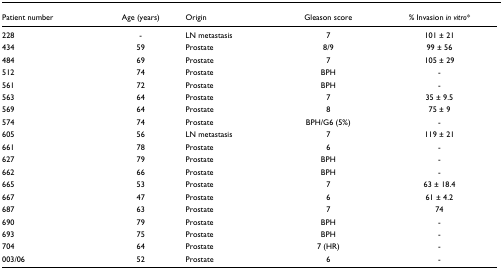
<table><thead><tr><td><b>Patient number</b></td><td><b>Age (years)</b></td><td><b>Origin</b></td><td><b>Gleason score</b></td><td><b>% Invasion <i>in vitro</i>*</b></td></tr></thead><tbody><tr><td>228</td><td>-</td><td>LN metastasis</td><td>7</td><td>101 ± 21</td></tr><tr><td>434</td><td>59</td><td>Prostate</td><td>8/9</td><td>99 ± 56</td></tr><tr><td>484</td><td>69</td><td>Prostate</td><td>7</td><td>105 ± 29</td></tr><tr><td>512</td><td>74</td><td>Prostate</td><td>BPH</td><td>-</td></tr><tr><td>561</td><td>72</td><td>Prostate</td><td>BPH</td><td>-</td></tr><tr><td>563</td><td>64</td><td>Prostate</td><td>7</td><td>35 ± 9.5</td></tr><tr><td>569</td><td>64</td><td>Prostate</td><td>8</td><td>75 ± 9</td></tr><tr><td>574</td><td>74</td><td>Prostate</td><td>BPH/G6 (5%)</td><td>-</td></tr><tr><td>605</td><td>56</td><td>LN metastasis</td><td>7</td><td>119 ± 21</td></tr><tr><td>661</td><td>78</td><td>Prostate</td><td>6</td><td>-</td></tr><tr><td>627</td><td>79</td><td>Prostate</td><td>BPH</td><td>-</td></tr><tr><td>662</td><td>66</td><td>Prostate</td><td>BPH</td><td>-</td></tr><tr><td>665</td><td>53</td><td>Prostate</td><td>7</td><td>63 ± 18.4</td></tr><tr><td>667</td><td>47</td><td>Prostate</td><td>6</td><td>61 ± 4.2</td></tr><tr><td>687</td><td>63</td><td>Prostate</td><td>7</td><td>74</td></tr><tr><td>690</td><td>79</td><td>Prostate</td><td>BPH</td><td>-</td></tr><tr><td>693</td><td>75</td><td>Prostate</td><td>BPH</td><td>-</td></tr><tr><td>704</td><td>64</td><td>Prostate</td><td>7 (HR)</td><td>-</td></tr><tr><td>003/06</td><td>52</td><td>Prostate</td><td>6</td><td>-</td></tr></tbody></table>